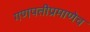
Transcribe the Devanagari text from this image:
गणपतीप्रमाणेच